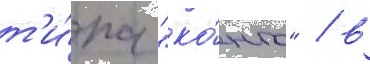
т'и́па "ко́нго" / в